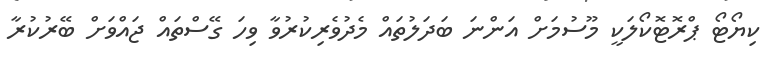
ކިޔޯޓޯ ޕްރޮޓޮކޯލަކީ މޫސުމަށް އަންނަ ބަދަލުތައް މެދުވެރިކުރުވާ ވިހަ ގޭސްތައް ޖައްވަށް ބޭރުކުރާ